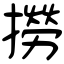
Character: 撈